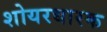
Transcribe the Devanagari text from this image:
शोयरधारक